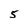
Character: 5